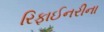
રિફાઈનરીના